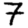
Digit: 7